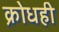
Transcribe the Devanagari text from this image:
क्रोधही